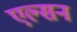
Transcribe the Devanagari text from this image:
एल्सन